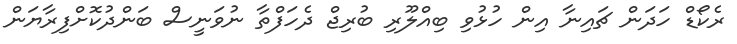
ރެކޯޑް ހަދަން ޗައިނާ އިން ހުޅުވި ބިއްލޫރި ބުރިޖް ދެހަފްތާ ނުވަނީސް ބަންދުކޮށްފިރާޔަން